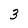
Character: 3